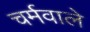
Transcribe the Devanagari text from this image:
चर्मवाले